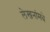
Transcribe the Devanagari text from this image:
लेखनांमधे